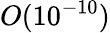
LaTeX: O(10^{-10})